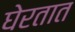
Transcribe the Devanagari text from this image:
घेरतात